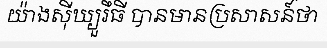
យ៉ាងស៊ីឃ្យួរឹធី បានមានប្រសាសន៍ថា